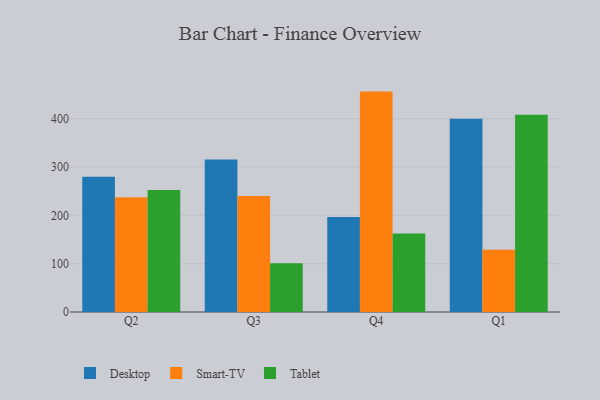
{"axis": {"x": "Quarter", "y": "Operating Costs (USD K)"}, "legend": ["Desktop", "Smart-TV", "Tablet"], "data": [{"x": "Q2", "y": 280.0, "type": "Desktop"}, {"x": "Q2", "y": 237.6, "type": "Smart-TV"}, {"x": "Q2", "y": 252.6, "type": "Tablet"}, {"x": "Q3", "y": 315.5, "type": "Desktop"}, {"x": "Q3", "y": 240.1, "type": "Smart-TV"}, {"x": "Q3", "y": 100.7, "type": "Tablet"}, {"x": "Q4", "y": 196.6, "type": "Desktop"}, {"x": "Q4", "y": 455.9, "type": "Smart-TV"}, {"x": "Q4", "y": 162.3, "type": "Tablet"}, {"x": "Q1", "y": 399.6, "type": "Desktop"}, {"x": "Q1", "y": 128.9, "type": "Smart-TV"}, {"x": "Q1", "y": 407.8, "type": "Tablet"}]}